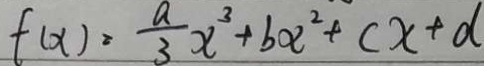
f ( x ) = \frac { a } { 3 } x ^ { 3 } + b x ^ { 2 } + c x + d